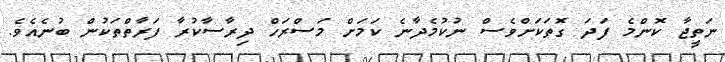
ނަތީޖާ ކޮންމެ ފަދަ ގޮތަކަށްވެސް ނުކުމެދާނެ ކަމަށް މަސްރަހް ދިރާސާކުރާ ފަރާތްތަކުން ބުނެއެވެ.